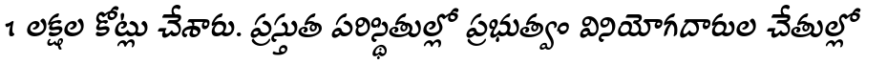
1 లక్షల కోట్లు చేశారు. ప్రస్తుత పరిస్థితుల్లో ప్రభుత్వం వినియోగదారుల చేతుల్లో